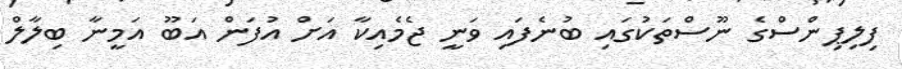
ފިލިޕިންސްގެ ނޫސްތަކުގައި ބުނެފައި ވަނީ ޖެމެއިކާ އަށް އުފަން އަބޫ އަމީނާ ބިލާލް